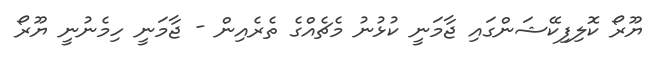
ޔޫރޯ ކޮލިފިކޭޝަންގައި ޖާމަނީ ކުޅުނު މެޗެއްގެ ތެރެއިން - ޖާމަނީ ހިމެނުނީ ޔޫރޯ